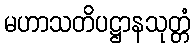
မဟာသတိပဋ္ဌာနသုတ္တံ